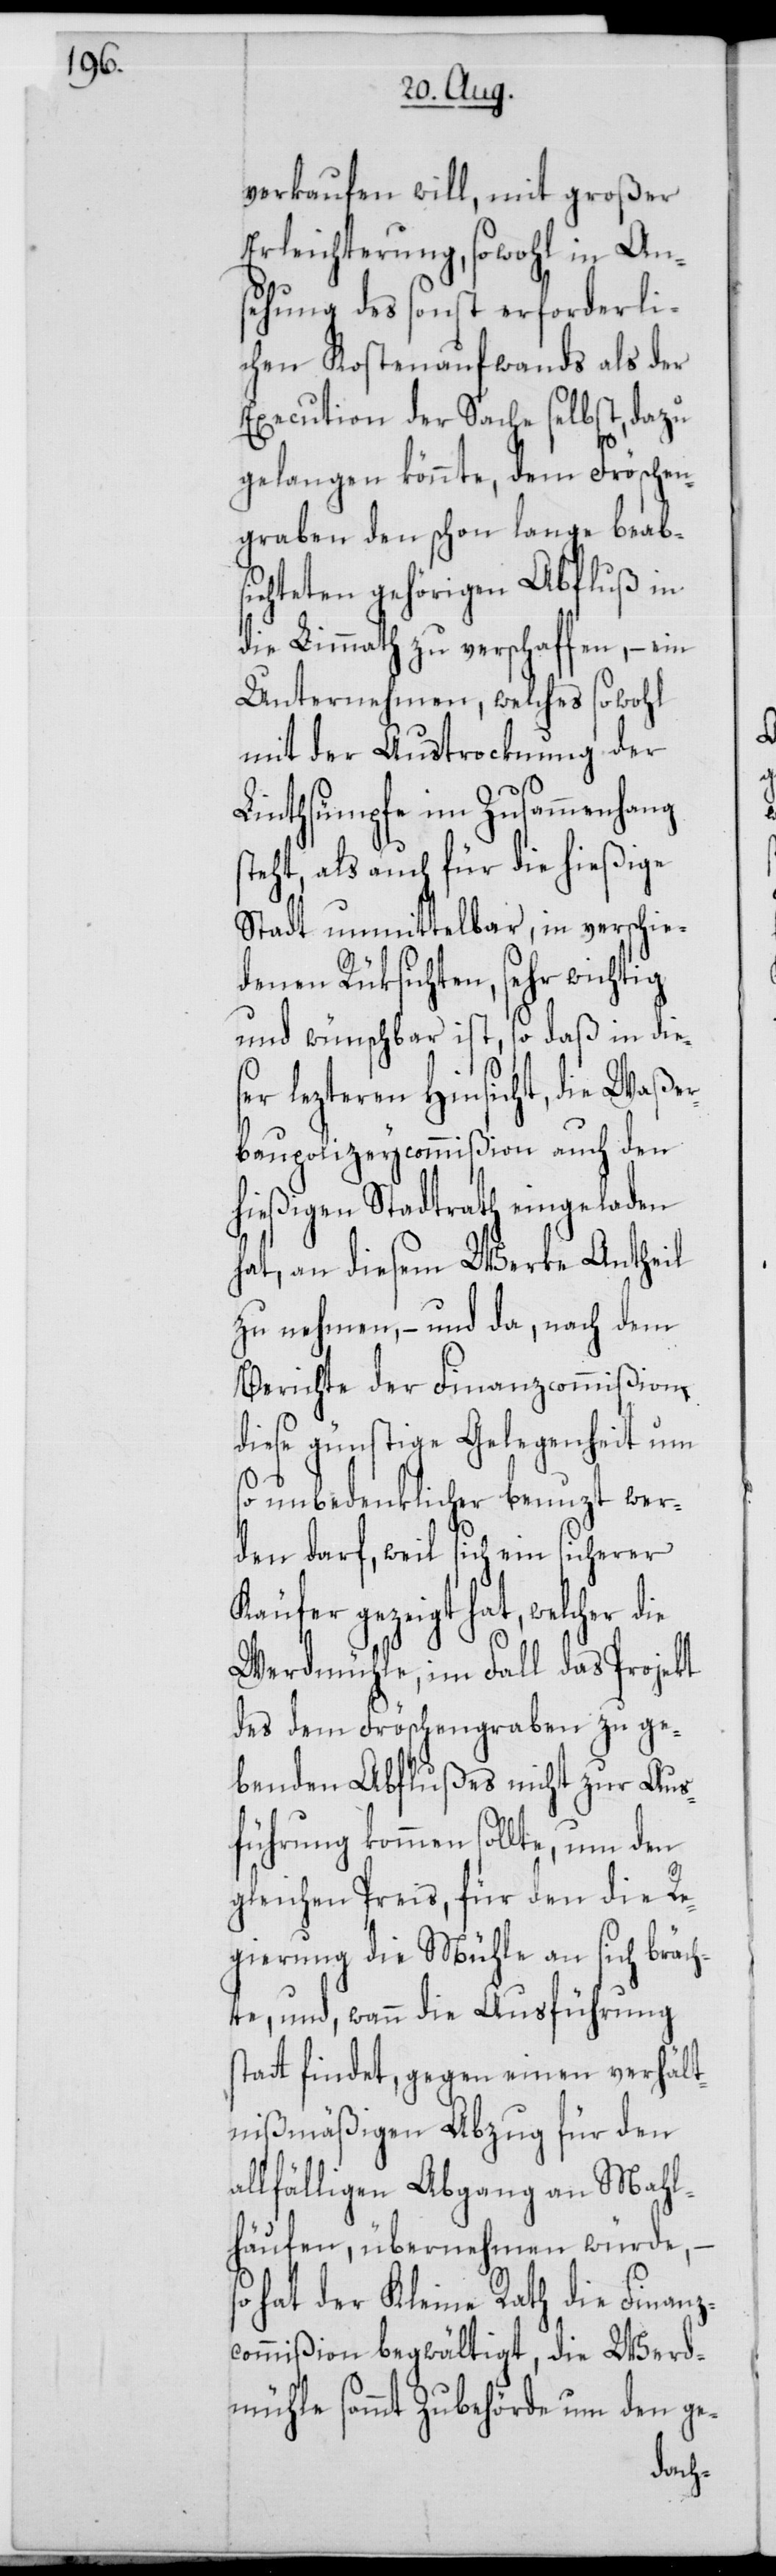
verkaufen will, mit großer
Erleichterung, sowohl in Ans¬
ehung des sonst erforderli¬
chen Kostenaufwands als der
Execution der Sache selbst, dazu
gelangen könnte, dem Fröschen¬
graben den schon lange beab¬
sichteten gehörigen Abfluß in
die Limmath zu verschaffen, – ein
Unternehmen, welches sowohl
mit der Austrocknung der
Linthsümpfe im Zusammenhang
steht, als auch für die hießige
Stadt unmittelbar, in verschie¬
denen Rüksichten, sehr wichtig
und wünschbar ist, so daß in dies¬
er lezteren Hinsicht, die Waßer¬
baupolizeycommißion auch den
hießigen Stadtrath eingeladen
hat, an diesem Werke Antheil
zu nehmen, – und da, nach dem
Berichte der Finanzcommißion,
diese günstige Gelegenheit um
so unbedenklicher benuzt wer¬
den darf, weil sich ein sicherer
Käufer gezeigt hat, welcher die
Werdmühle, im Fall das Projekt
des dem Fröschengraben zu ge¬
benden Abflußes nicht zu Aus¬
führung kommen sollte, um den
gleichen Preis, für den die Re¬
gierung die Mühle an sich bräch¬
te, und, wann die Ausführung s¬
tatt findet, gegen einen verhält¬
nißmäßigen Abzug für den
allfälligen Abgang an Mahl¬
häufen, übernehmen würde,
hat der Kleine Rath die Finanz¬
commißion begwältigt, die Werd¬
mühle sammt Zubehörde um den ge-